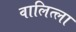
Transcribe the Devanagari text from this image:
वालित्ला